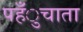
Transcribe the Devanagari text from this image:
पहँुचाता